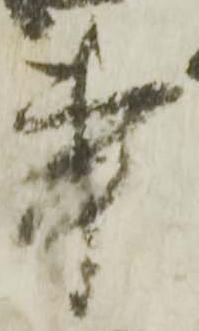
事